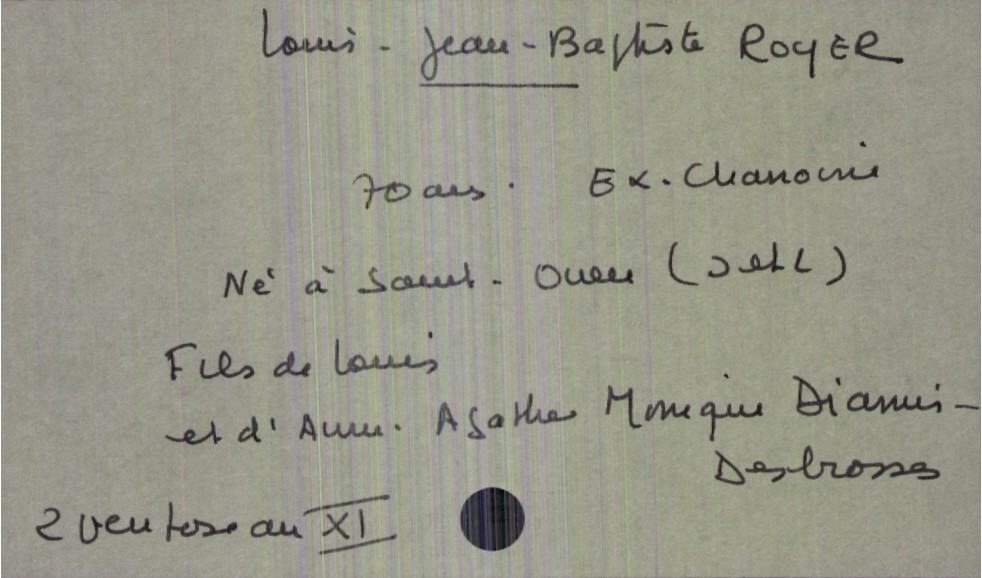
type_acte: Décès
année: an XI
mois: ventose
jour: 2
défunt_nom: Royer
défunt_prénom: Louis Jean Baptiste
défunt_sexe: H
défunt_âge: 70 ans
défunt_profession: ex chanoine
défunt_lieu_de_naissance: Saint-Ouen (Indre et Loire)
père_défunt_nom: Royer
père_défunt_prénom: Louis
mère_défunt_nom: Desbrosses
mère_défunt_prénom: Anne Agathe Monique Diamis